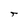
Character: T